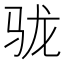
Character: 𩧪